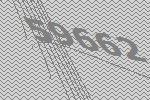
59662